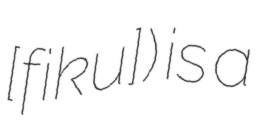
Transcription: ​[fʁikuʁ]) is a